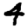
Digit: 4